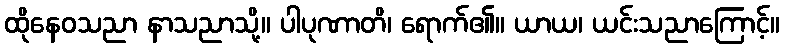
ထိုနေဝသညာ နာသညာသို့။ ပါပုဏာတိ၊ ရောက်၏။ ယာယ၊ ယင်းသညာကြောင့်။